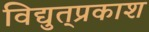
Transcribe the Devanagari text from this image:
विद्युत्‌प्रकाश